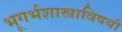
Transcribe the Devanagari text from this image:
भूगर्भशास्त्राविषयी